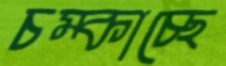
চম্‌কাচ্ছে